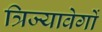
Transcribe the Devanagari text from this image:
त्रिज्यावेगों